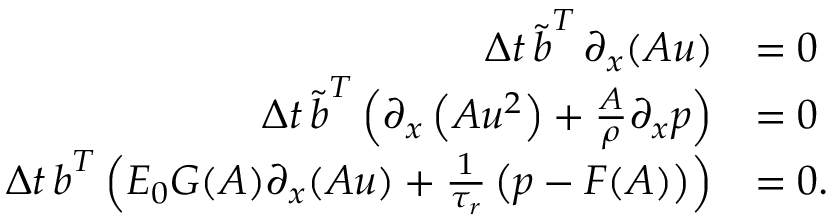
\begin{array} { r l } { \Delta t \, \boldsymbol { \tilde { b } } ^ { T } \, \partial _ { x } ( \boldsymbol { A u } ) } & { = 0 } \\ { \Delta t \, \boldsymbol { \tilde { b } } ^ { T } \left( \partial _ { x } \left( \boldsymbol { A u ^ { 2 } } \right) + \frac { \boldsymbol { A } } { \rho } \partial _ { x } \boldsymbol { p } \right) } & { = 0 } \\ { \Delta t \, \boldsymbol { b } ^ { T } \left( E _ { 0 } \boldsymbol { G } ( \boldsymbol { A } ) \partial _ { x } ( \boldsymbol { A u } ) + \frac { 1 } { \tau _ { r } } \left( \boldsymbol { p } - \boldsymbol { F } ( \boldsymbol { A } ) \right) \right) } & { = 0 . } \end{array}